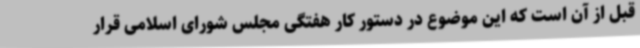
قبل از آن است که این موضوع در دستور کار هفتگی مجلس شورای اسلامی قرار